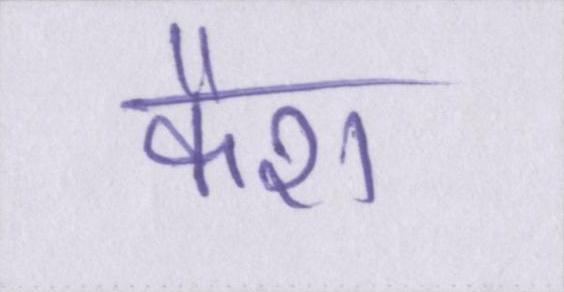
कैश